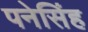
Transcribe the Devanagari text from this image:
पनेसिंह